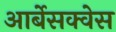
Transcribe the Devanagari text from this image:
आर्बेसक्वेस